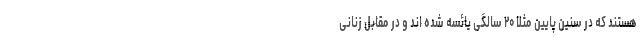
هستند که در سنین پایین مثلاً ۲۰ سالگی یائسه شده اند و در مقابل زنانی